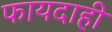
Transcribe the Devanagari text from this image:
फायदाही